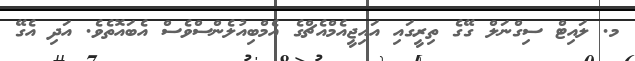
މ. ލައިޓް ސިގްނަލް ގޭގެ ތިރީގައި އައިޖީއެމްއެޗްގެ އެމްބިއުލެންސްވެސް އެބައޮތެވެ. އަދި އެގޭ